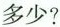
多少？